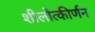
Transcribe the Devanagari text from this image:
शीलोत्कीर्णन